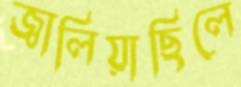
জ্বালিয়াছিলে